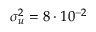
\sigma _ { u } ^ { 2 } = 8 \cdot 1 0 ^ { - 2 }